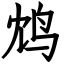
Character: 鸩